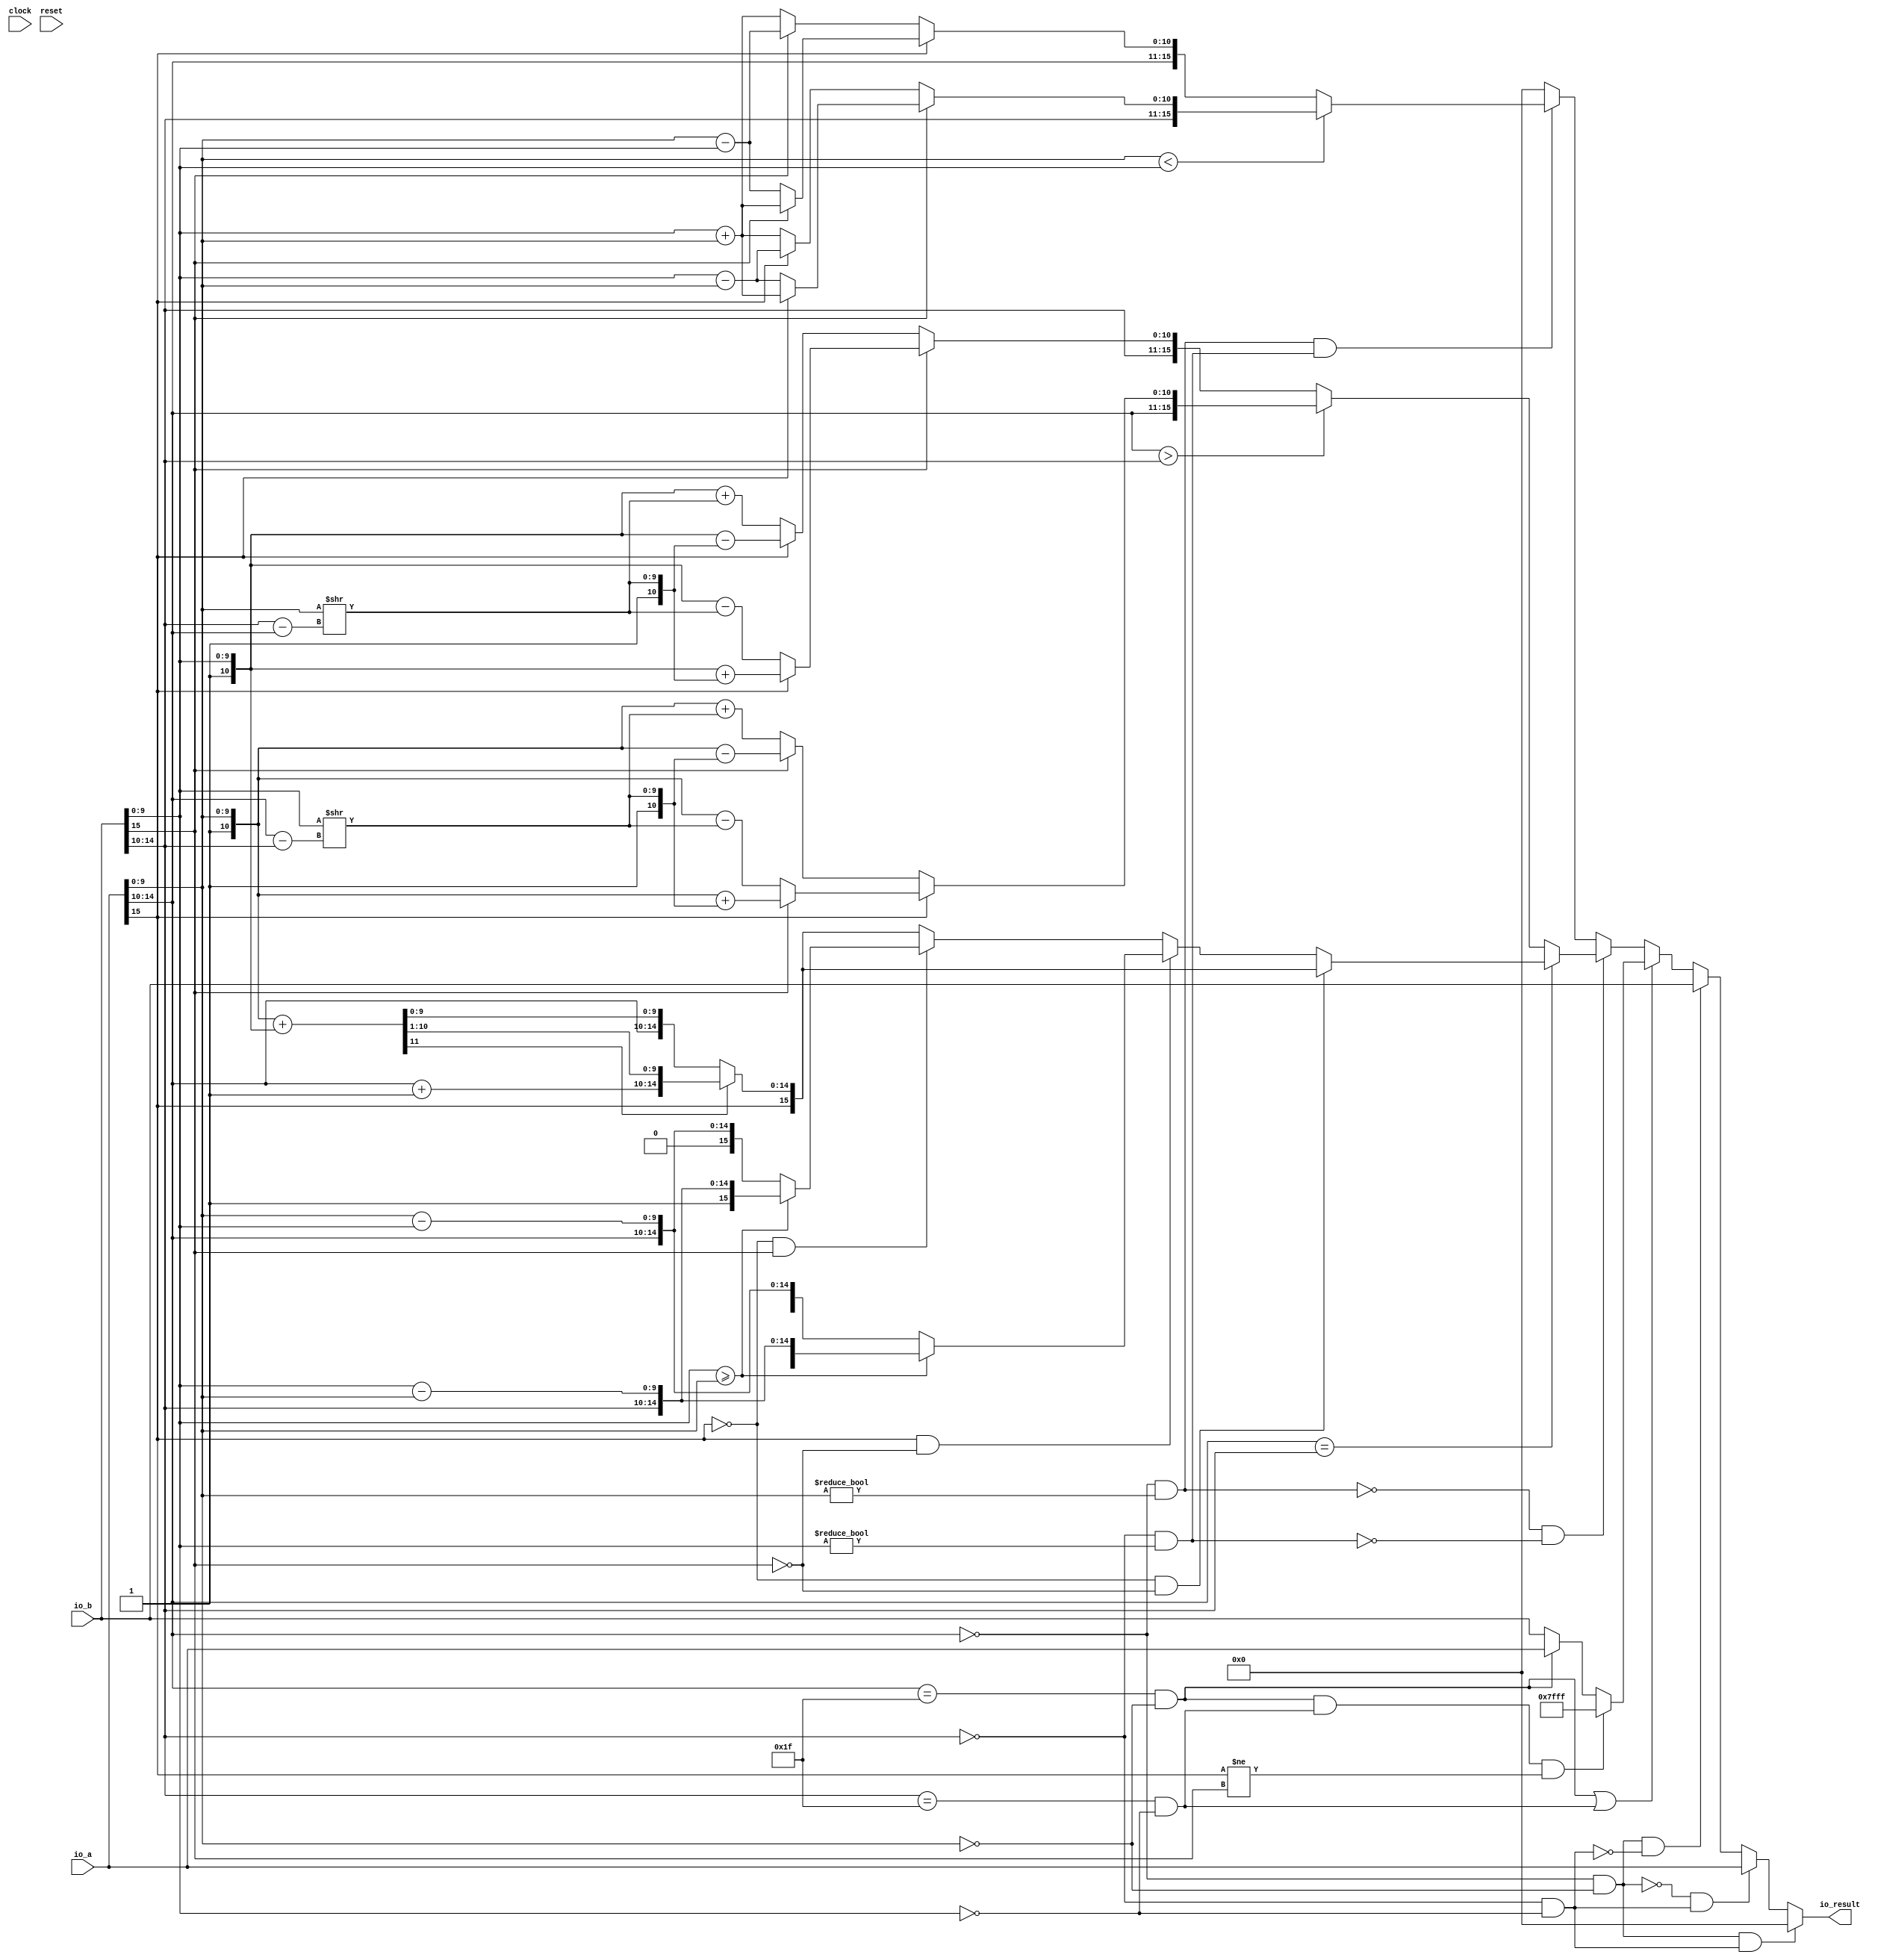
// This program was cloned from: https://github.com/wilfredkisku/CHISEL3-PROJECTS
// License: The Unlicense

module FP16Add(
  input         clock,
  input         reset,
  input  [15:0] io_a,
  input  [15:0] io_b,
  output [15:0] io_result
);
  wire  signA = io_a[15]; // @[FP16Add.scala 13:18]
  wire [4:0] expA = io_a[14:10]; // @[FP16Add.scala 14:22]
  wire [9:0] sigA = io_a[9:0]; // @[FP16Add.scala 15:25]
  wire  signB = io_b[15]; // @[FP16Add.scala 13:18]
  wire [4:0] expB = io_b[14:10]; // @[FP16Add.scala 14:22]
  wire [9:0] sigB = io_b[9:0]; // @[FP16Add.scala 15:25]
  wire  _zeroFlagA_T = expA == 5'h0; // @[FP16Add.scala 38:24]
  wire  _zeroFlagA_T_1 = sigA == 10'h0; // @[FP16Add.scala 38:40]
  wire  zeroFlagA = expA == 5'h0 & sigA == 10'h0; // @[FP16Add.scala 38:32]
  wire  _zeroFlagB_T = expB == 5'h0; // @[FP16Add.scala 39:24]
  wire  _zeroFlagB_T_1 = sigB == 10'h0; // @[FP16Add.scala 39:40]
  wire  zeroFlagB = expB == 5'h0 & sigB == 10'h0; // @[FP16Add.scala 39:32]
  wire  infFlagA = expA == 5'h1f & _zeroFlagA_T_1; // @[FP16Add.scala 44:38]
  wire  infFlagB = expB == 5'h1f & _zeroFlagB_T_1; // @[FP16Add.scala 45:38]
  wire  subNormA = _zeroFlagA_T & sigA != 10'h0; // @[FP16Add.scala 47:31]
  wire  subNormB = _zeroFlagB_T & sigB != 10'h0; // @[FP16Add.scala 48:31]
  wire [15:0] _io_result_T = infFlagA ? io_a : io_b; // @[FP16Add.scala 73:25]
  wire [15:0] _GEN_0 = infFlagA & infFlagB & signA != signB ? 16'h7fff : _io_result_T; // @[FP16Add.scala 67:54 69:19 73:19]
  wire [9:0] _GEN_18 = {{5'd0}, expA}; // @[FP16Add.scala 75:49]
  wire [9:0] _GEN_19 = {{5'd0}, expB}; // @[FP16Add.scala 75:106]
  wire  _T_20 = ~signA; // @[FP16Add.scala 86:22]
  wire  _T_21 = ~signB; // @[FP16Add.scala 86:39]
  wire [10:0] _io_result_T_1 = {1'h1,sigA}; // @[Cat.scala 33:92]
  wire [10:0] _io_result_T_2 = {1'h1,sigB}; // @[Cat.scala 33:92]
  wire [11:0] _io_result_T_3 = _io_result_T_1 + _io_result_T_2; // @[FP16Add.scala 89:46]
  wire [4:0] _io_result_T_7 = expA + 5'h1; // @[FP16Add.scala 89:94]
  wire [15:0] _io_result_T_12 = {signA,_io_result_T_7,_io_result_T_3[10:1]}; // @[Cat.scala 33:92]
  wire [15:0] _io_result_T_17 = {signA,expA,_io_result_T_3[9:0]}; // @[Cat.scala 33:92]
  wire [15:0] _io_result_T_18 = _io_result_T_3[11] ? _io_result_T_12 : _io_result_T_17; // @[FP16Add.scala 89:29]
  wire  _io_result_T_19 = sigB >= sigA; // @[FP16Add.scala 92:35]
  wire [10:0] _io_result_T_23 = _io_result_T_2 - _io_result_T_1; // @[FP16Add.scala 92:75]
  wire [15:0] _io_result_T_25 = {1'h0,expB,_io_result_T_23[9:0]}; // @[Cat.scala 33:92]
  wire [10:0] _io_result_T_29 = _io_result_T_1 - _io_result_T_2; // @[FP16Add.scala 92:131]
  wire [15:0] _io_result_T_31 = {1'h1,expA,_io_result_T_29[9:0]}; // @[Cat.scala 33:92]
  wire [15:0] _io_result_T_32 = sigB >= sigA ? _io_result_T_25 : _io_result_T_31; // @[FP16Add.scala 92:29]
  wire [15:0] _io_result_T_39 = {1'h1,expB,_io_result_T_23[9:0]}; // @[Cat.scala 33:92]
  wire [15:0] _io_result_T_45 = {1'h0,expA,_io_result_T_29[9:0]}; // @[Cat.scala 33:92]
  wire [15:0] _io_result_T_46 = _io_result_T_19 ? _io_result_T_39 : _io_result_T_45; // @[FP16Add.scala 94:29]
  wire [15:0] _GEN_1 = _T_20 & signB ? _io_result_T_46 : _io_result_T_18; // @[FP16Add.scala 93:53 94:23 96:23]
  wire [15:0] _GEN_2 = signA & _T_21 ? _io_result_T_32 : _GEN_1; // @[FP16Add.scala 90:53 92:23]
  wire [15:0] _GEN_3 = ~signA & ~signB ? _io_result_T_18 : _GEN_2; // @[FP16Add.scala 86:47 89:23]
  wire [4:0] _io_result_T_68 = expA - expB; // @[FP16Add.scala 106:107]
  wire [9:0] _io_result_T_69 = sigB >> _io_result_T_68; // @[FP16Add.scala 106:99]
  wire [10:0] _io_result_T_70 = {1'h0,_io_result_T_69}; // @[Cat.scala 33:92]
  wire [10:0] _io_result_T_72 = _io_result_T_1 + _io_result_T_70; // @[FP16Add.scala 106:83]
  wire [16:0] _io_result_T_73 = {1'h0,expA,_io_result_T_72}; // @[Cat.scala 33:92]
  wire [10:0] _io_result_T_78 = {1'h1,_io_result_T_69}; // @[Cat.scala 33:92]
  wire [10:0] _io_result_T_80 = _io_result_T_1 - _io_result_T_78; // @[FP16Add.scala 106:147]
  wire [16:0] _io_result_T_81 = {1'h0,expA,_io_result_T_80}; // @[Cat.scala 33:92]
  wire [16:0] _io_result_T_82 = _T_21 ? _io_result_T_73 : _io_result_T_81; // @[FP16Add.scala 106:37]
  wire [10:0] _io_result_T_90 = _io_result_T_1 - _io_result_T_70; // @[FP16Add.scala 108:79]
  wire [16:0] _io_result_T_91 = {1'h1,expA,_io_result_T_90}; // @[Cat.scala 33:92]
  wire [10:0] _io_result_T_98 = _io_result_T_1 + _io_result_T_78; // @[FP16Add.scala 108:143]
  wire [16:0] _io_result_T_99 = {1'h1,expA,_io_result_T_98}; // @[Cat.scala 33:92]
  wire [16:0] _io_result_T_100 = _T_21 ? _io_result_T_91 : _io_result_T_99; // @[FP16Add.scala 108:33]
  wire [16:0] _GEN_4 = _T_20 ? _io_result_T_82 : _io_result_T_100; // @[FP16Add.scala 105:34 106:31 108:27]
  wire [4:0] _io_result_T_104 = expB - expA; // @[FP16Add.scala 114:99]
  wire [9:0] _io_result_T_105 = sigA >> _io_result_T_104; // @[FP16Add.scala 114:91]
  wire [10:0] _io_result_T_106 = {1'h0,_io_result_T_105}; // @[Cat.scala 33:92]
  wire [10:0] _io_result_T_108 = _io_result_T_2 + _io_result_T_106; // @[FP16Add.scala 114:75]
  wire [16:0] _io_result_T_109 = {1'h0,expB,_io_result_T_108}; // @[Cat.scala 33:92]
  wire [10:0] _io_result_T_114 = {1'h1,_io_result_T_105}; // @[Cat.scala 33:92]
  wire [10:0] _io_result_T_116 = _io_result_T_2 - _io_result_T_114; // @[FP16Add.scala 114:139]
  wire [16:0] _io_result_T_117 = {1'h0,expB,_io_result_T_116}; // @[Cat.scala 33:92]
  wire [16:0] _io_result_T_118 = _T_20 ? _io_result_T_109 : _io_result_T_117; // @[FP16Add.scala 114:29]
  wire [10:0] _io_result_T_126 = _io_result_T_2 - _io_result_T_106; // @[FP16Add.scala 116:75]
  wire [16:0] _io_result_T_127 = {1'h1,expB,_io_result_T_126}; // @[Cat.scala 33:92]
  wire [10:0] _io_result_T_134 = _io_result_T_2 + _io_result_T_114; // @[FP16Add.scala 116:139]
  wire [16:0] _io_result_T_135 = {1'h1,expB,_io_result_T_134}; // @[Cat.scala 33:92]
  wire [16:0] _io_result_T_136 = _T_20 ? _io_result_T_127 : _io_result_T_135; // @[FP16Add.scala 116:29]
  wire [16:0] _GEN_5 = _T_21 ? _io_result_T_118 : _io_result_T_136; // @[FP16Add.scala 113:30 114:23 116:23]
  wire [16:0] _GEN_6 = expA > expB ? _GEN_4 : _GEN_5; // @[FP16Add.scala 98:33]
  wire [16:0] _GEN_7 = expA == expB ? {{1'd0}, _GEN_3} : _GEN_6; // @[FP16Add.scala 83:29]
  wire [10:0] _io_result_T_138 = {1'h0,sigB}; // @[Cat.scala 33:92]
  wire [10:0] _io_result_T_139 = {1'h0,sigA}; // @[Cat.scala 33:92]
  wire [10:0] _io_result_T_141 = _io_result_T_138 + _io_result_T_139; // @[FP16Add.scala 125:75]
  wire [16:0] _io_result_T_142 = {1'h1,expB,_io_result_T_141}; // @[Cat.scala 33:92]
  wire [10:0] _io_result_T_146 = _io_result_T_138 - _io_result_T_139; // @[FP16Add.scala 125:124]
  wire [16:0] _io_result_T_147 = {1'h1,expB,_io_result_T_146}; // @[Cat.scala 33:92]
  wire [16:0] _io_result_T_148 = signA ? _io_result_T_142 : _io_result_T_147; // @[FP16Add.scala 125:29]
  wire [16:0] _io_result_T_154 = {1'h0,expB,_io_result_T_146}; // @[Cat.scala 33:92]
  wire [16:0] _io_result_T_159 = {1'h0,expB,_io_result_T_141}; // @[Cat.scala 33:92]
  wire [16:0] _io_result_T_160 = signA ? _io_result_T_154 : _io_result_T_159; // @[FP16Add.scala 128:31]
  wire [16:0] _GEN_8 = signB ? _io_result_T_148 : _io_result_T_160; // @[FP16Add.scala 124:30 125:23 128:25]
  wire [10:0] _io_result_T_165 = _io_result_T_139 + _io_result_T_138; // @[FP16Add.scala 133:75]
  wire [16:0] _io_result_T_166 = {1'h1,expA,_io_result_T_165}; // @[Cat.scala 33:92]
  wire [10:0] _io_result_T_170 = _io_result_T_139 - _io_result_T_138; // @[FP16Add.scala 133:124]
  wire [16:0] _io_result_T_171 = {1'h1,expA,_io_result_T_170}; // @[Cat.scala 33:92]
  wire [16:0] _io_result_T_172 = signB ? _io_result_T_166 : _io_result_T_171; // @[FP16Add.scala 133:29]
  wire [16:0] _io_result_T_178 = {1'h0,expA,_io_result_T_170}; // @[Cat.scala 33:92]
  wire [16:0] _io_result_T_183 = {1'h0,expA,_io_result_T_165}; // @[Cat.scala 33:92]
  wire [16:0] _io_result_T_184 = signB ? _io_result_T_178 : _io_result_T_183; // @[FP16Add.scala 136:31]
  wire [16:0] _GEN_9 = signA ? _io_result_T_172 : _io_result_T_184; // @[FP16Add.scala 132:30 133:23 136:25]
  wire [16:0] _GEN_10 = sigA < sigB ? _GEN_8 : _GEN_9; // @[FP16Add.scala 123:26]
  wire [16:0] _GEN_11 = subNormA & subNormB ? _GEN_10 : 17'h0; // @[FP16Add.scala 121:38 142:19]
  wire [16:0] _GEN_12 = ~subNormA & ~subNormB ? _GEN_7 : _GEN_11; // @[FP16Add.scala 80:34]
  wire [16:0] _GEN_13 = sigA == 10'h1f & _GEN_18 == 10'h3ff | sigB == 10'h1f & _GEN_19 == 10'h3ff ? 17'h7fff : _GEN_12; // @[FP16Add.scala 75:128 76:17]
  wire [16:0] _GEN_14 = infFlagA | infFlagB ? {{1'd0}, _GEN_0} : _GEN_13; // @[FP16Add.scala 65:38]
  wire [16:0] _GEN_15 = zeroFlagA & ~zeroFlagB ? {{1'd0}, io_b} : _GEN_14; // @[FP16Add.scala 62:41 64:17]
  wire [16:0] _GEN_16 = ~zeroFlagA & zeroFlagB ? {{1'd0}, io_a} : _GEN_15; // @[FP16Add.scala 59:40 61:17]
  wire [16:0] _GEN_17 = zeroFlagA & zeroFlagB ? 17'h0 : _GEN_16; // @[FP16Add.scala 55:32 57:17]
  assign io_result = _GEN_17[15:0];
endmodule